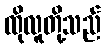
ထိုလူတို့သည်